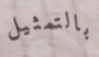
بالتمثيل